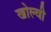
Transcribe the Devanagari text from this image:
खोल्वी